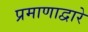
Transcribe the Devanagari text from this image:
प्रमाणाद्वारे